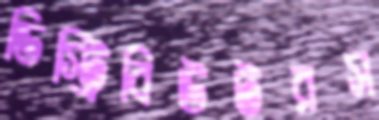
ডিস্ট্রিবিউটরস